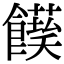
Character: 𩟌